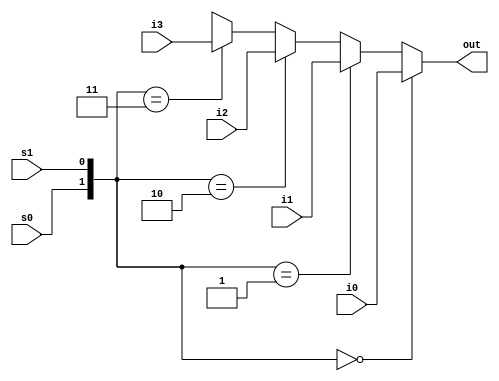
module mux4to1_beh(i0, i1, i2, i3, s0, s1, out);
    input i0, i1, i2, i3, s0, s1;
    output reg out;
    always @ (i0, i1, i2, i3, s0, s1)
        begin
            // {} = concatenation
            if({s0, s1}==2'b00) out = i0;
            else if({s0, s1}==2'b01) out = i1;
            else if({s0, s1}==2'b10) out = i2;
            else if({s0, s1}==2'b11) out = i3;
            else out = 1'bx;
        end
endmodule